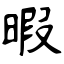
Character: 暇